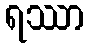
ရဿာ